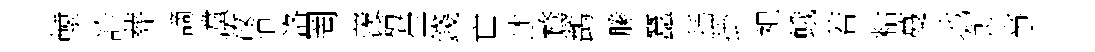
轅診葬謫灙汝逍洛罔羡種瑩錢亡述鶩鹢縢蠶揺掛祀蛾若䊀蔓地飣亊